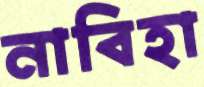
নাবিহা